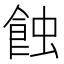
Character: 蝕